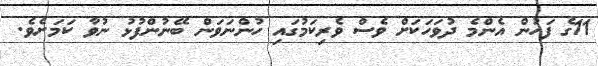
11ގެ ފަހުން އެންމެ ދުވަހަކަށް ވެސް ވެރިކަމުގައި ހުންނަވަން ބޭނުންފުޅު ނުވާ ކަމަށެވެ.